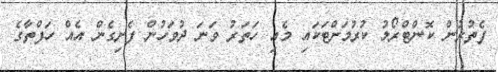
ފެތުރުން ކޮންޓްރޯލު ކުރުމަށްޓަކައި މެއި ހަތަރު ވަނަ ދުވަހުން ފެށިގެން އެއް ހަފްތާގެ